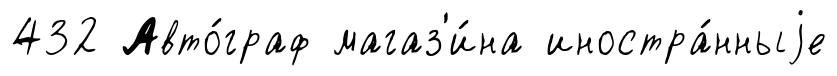
432 Авто́граф магаз'и́на иностра́нныjе